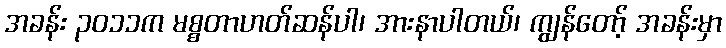
အခန်း ၃၀၁၁က မစ္စတာဟတ်ဆန်ပါ၊ အားနာပါတယ်၊ ကျွန်တော့် အခန်းမှာ